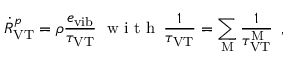
{ \dot { R } } _ { \mathrm { V T } } ^ { p } = \rho \frac { e _ { \mathrm { v i b } } } { \tau _ { \mathrm { V T } } } \; \mathrm { ~ w ~ i ~ t ~ h ~ } \, \frac { 1 } { \tau _ { \mathrm { V T } } } = \sum _ { \mathrm { M } } \frac { 1 } { \tau _ { \mathrm { V T } } ^ { \mathrm { M } } } \, \mathrm { ~ , ~ }